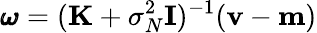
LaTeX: {\pmb{\omega}}=(\mathbf{K}+\sigma_{N}^{2}{\mathbf{I}})^{-1}(\mathbf{v}-\mathbf{m})